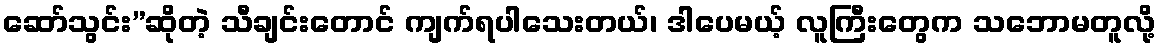
ဆော်သွင်း”ဆိုတဲ့ သီချင်းတောင် ကျက်ရပါသေးတယ်၊ ဒါပေမယ့် လူကြီးတွေက သဘောမတူလို့